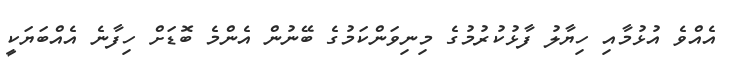
އެއްވެ އުޅުމާއި ހިޔާލު ފާޅުކުރުމުގެ މިނިވަންކަމުގެ ބޭނުން އެންމެ ބޮޑަށް ހިފާނެ އެއްބަޔަކީ